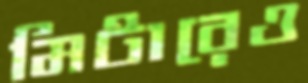
মিটারেও